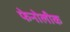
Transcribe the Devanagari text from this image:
फेनोलीक